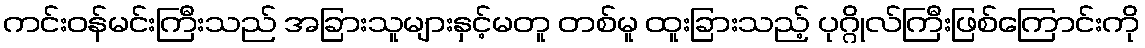
ကင်းဝန်မင်းကြီးသည် အခြားသူများနှင့်မတူ တစ်မူ ထူးခြားသည့် ပုဂ္ဂိုလ်ကြီးဖြစ်ကြောင်းကို